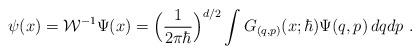
LaTeX: \begin{align*}\psi(x)=\mathcal{W} ^{-1}\Psi(x)=\Big(\frac{1}{2\pi\hbar}\Big)^{d/2}\int G_{(q,p)}(x;\hbar)\Psi(q,p)\,dqdp \ .\end{align*}